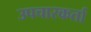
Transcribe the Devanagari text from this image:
उपचारकर्ता